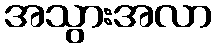
အသွားအလာ